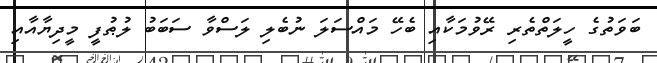
ބަވަތުގެ ހީލަތްތެރި ރޭވުމަކާއި ބެހޭ މައްސަލަ ނުބެލި ލަސްވާ ސަބަބު ލުޠުފީ މީދިޔާއާއި